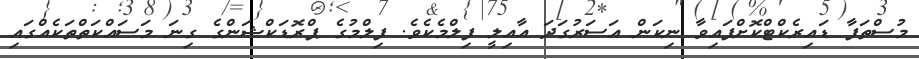
މުސްތަފާ ޑައިރެކްޓްކޮށްފައިވާ ނިކަން އަސަރުގަދަ އާއިލީ ފިލްމެކެވެ. ފިލްމުގެ ޕްރޮޑަކްޝަންގެ ގިނަ މަސައްކަތްތަކެއްގައި